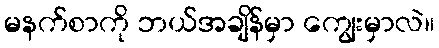
မနက်စာကို ဘယ်အချိန်မှာ ကျွေးမှာလဲ။